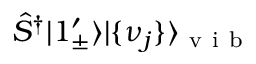
\hat { S } ^ { \dagger } | 1 _ { \pm } ^ { \prime } \rangle | \{ \nu _ { j } \} \rangle _ { \mathrm { ~ v ~ i ~ b ~ } }